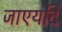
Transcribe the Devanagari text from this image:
जाएयदि